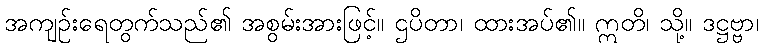
အကျဉ်းရေတွက်သည်၏ အစွမ်းအားဖြင့်။ ဌပိတာ၊ ထားအပ်၏။ ဣတိ၊ သို့။ ဒဋ္ဌဗ္ဗာ၊